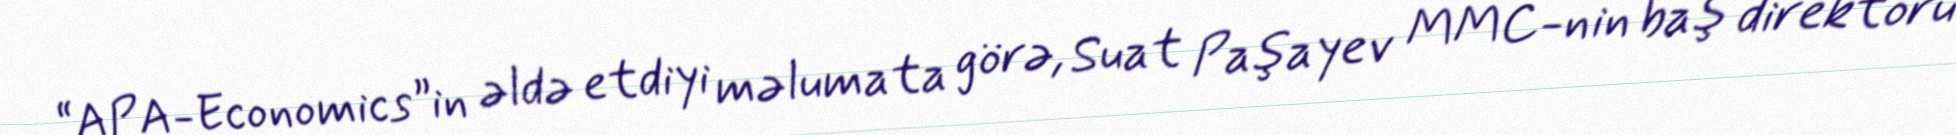
“APA-Economics”in əldə etdiyi məlumata görə, Suat Paşayev MMC-nin baş direktoru